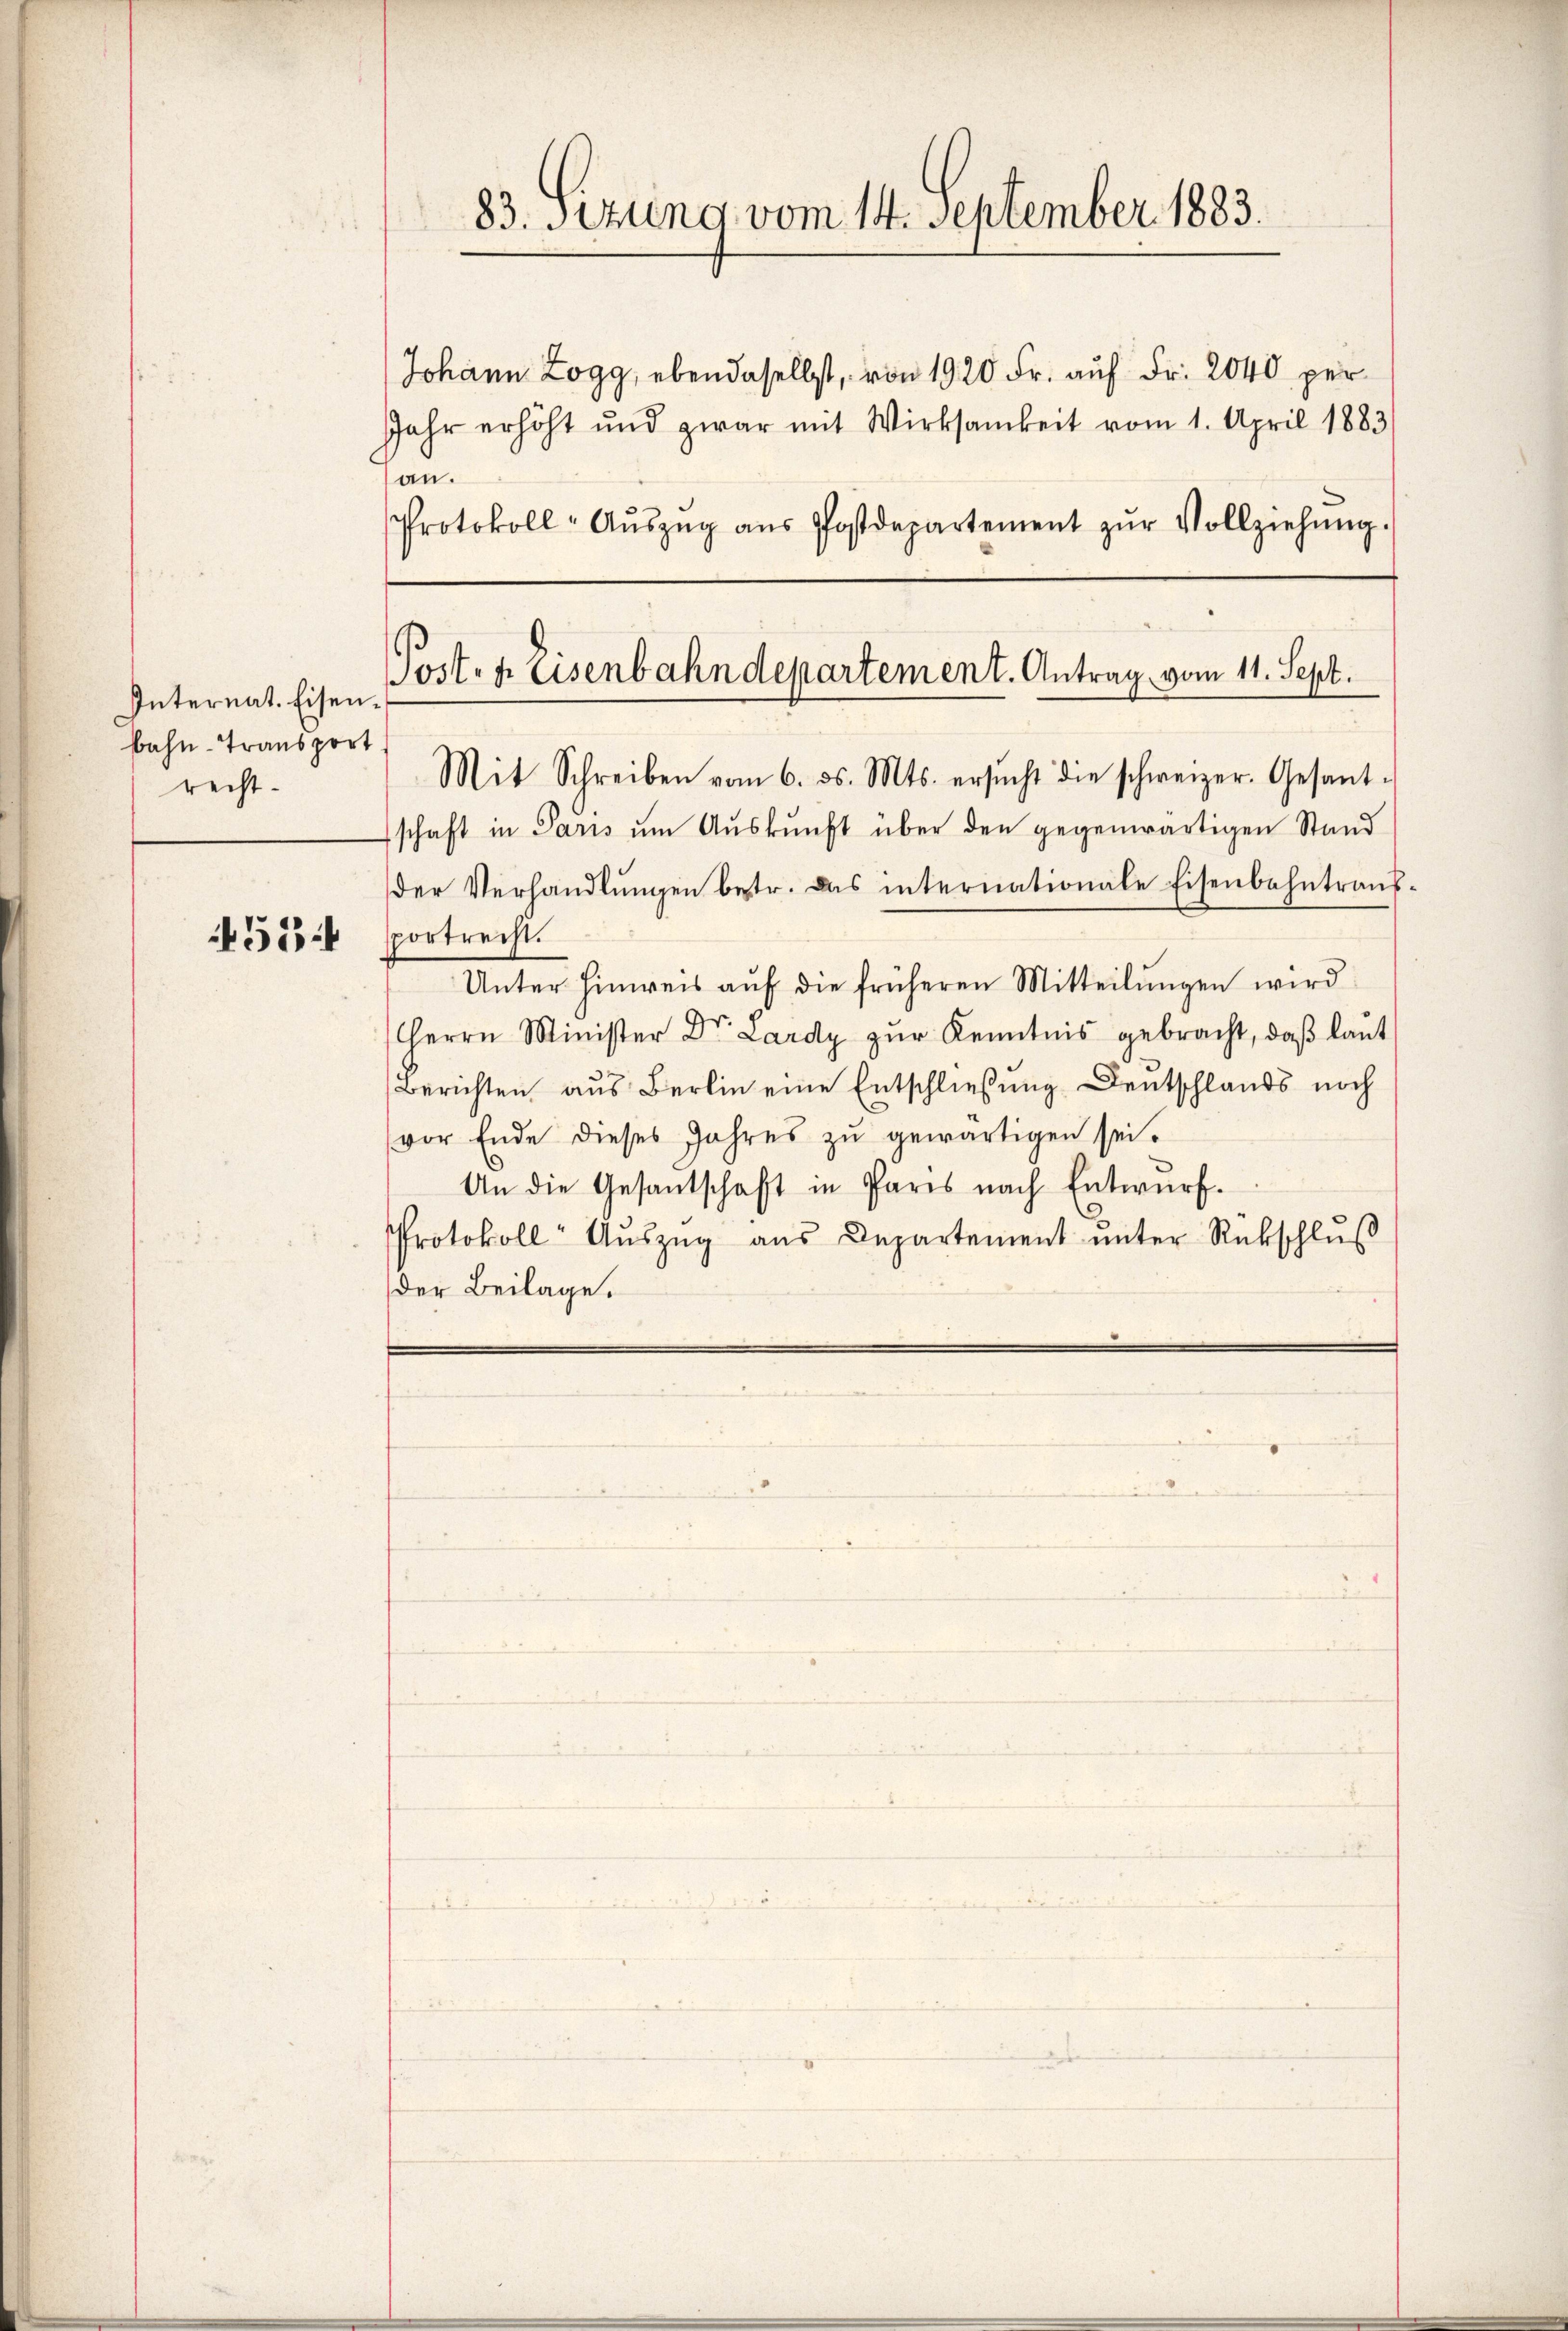
53

Internat. Eisenbahn-Transport
recht.

an.
Protokoll-Aŭszŭg aŭs Postdepartement zŭr Vollziehŭng.

83. Sitzung vom 14. September 1883.

Johann Logg, ebendaselbst, von 1920 Fr. auf Fr. 2040 per
Jahr erhöht und zwar mit Wirksamkeit vom 1. April 1883

Poit. f. Eisenbahndepartement. Antrag vom 11. Sept.

Mit Schreiben vom 6. ds. Mts. ersŭcht die schweizer. Gesant-
schaft in Paris ŭm Aŭskŭnft über den gegenwärtigen Stand
der Verhandlungen betr. Das internationale Eisenbahntrausportrecht.
Unter Hinweis aŭf die früheren Mitteilŭngen wird
Herrn Minister Dr. Lardy zŭr Kenntnis gebracht, daß laut
Berichten aus Berlin eine Entschließung Deutschlands noch
(vor Ende dieses Jahres zŭ gewärtigen sei.
An die Gesantschaft in Paris nach Entwurf.
Protokoll-Aŭszŭg aŭs Departement ŭnter Rückschlŭβ
der Beilage.